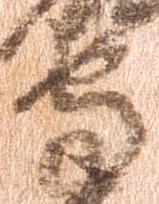
守